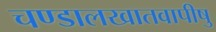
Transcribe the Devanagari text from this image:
चण्डालखातवापीषु